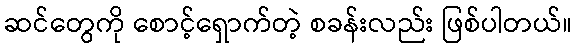
ဆင်တွေကို စောင့်ရှောက်တဲ့ စခန်းလည်း ဖြစ်ပါတယ်။